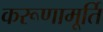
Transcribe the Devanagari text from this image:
करूणामूर्ति